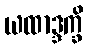
ယထာဒ္ဒက္ခိ